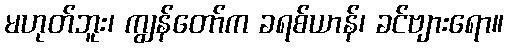
မဟုတ်ဘူး၊ ကျွန်တော်က ခရစ်ယာန်၊ ခင်ဗျားရော။